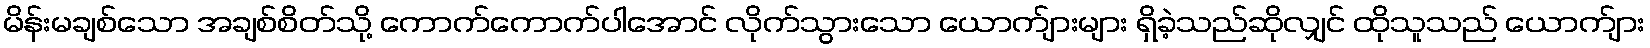
မိန်းမချစ်သော အချစ်စိတ်သို့ ကောက်ကောက်ပါအောင် လိုက်သွားသော ယောက်ျားများ ရှိခဲ့သည်ဆိုလျှင် ထိုသူသည် ယောက်ျား